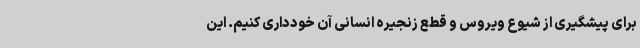
برای پیشگیری از شیوع ویروس و قطع زنجیره انسانی آن خودداری کنیم. این